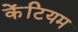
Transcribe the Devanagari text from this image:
केंटियम